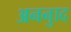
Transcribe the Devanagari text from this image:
अननुाद